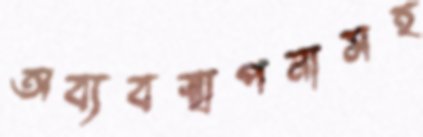
অব্যবস্থাপনাসহ